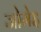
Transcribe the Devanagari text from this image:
जोमेइ